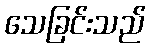
သေခြင်းသည်